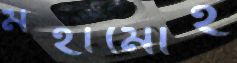
মহামোহ